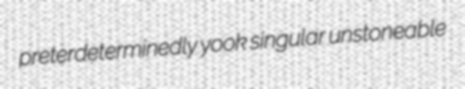
preterdeterminedly yook singular unstoneable